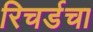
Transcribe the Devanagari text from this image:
रिचर्डचा